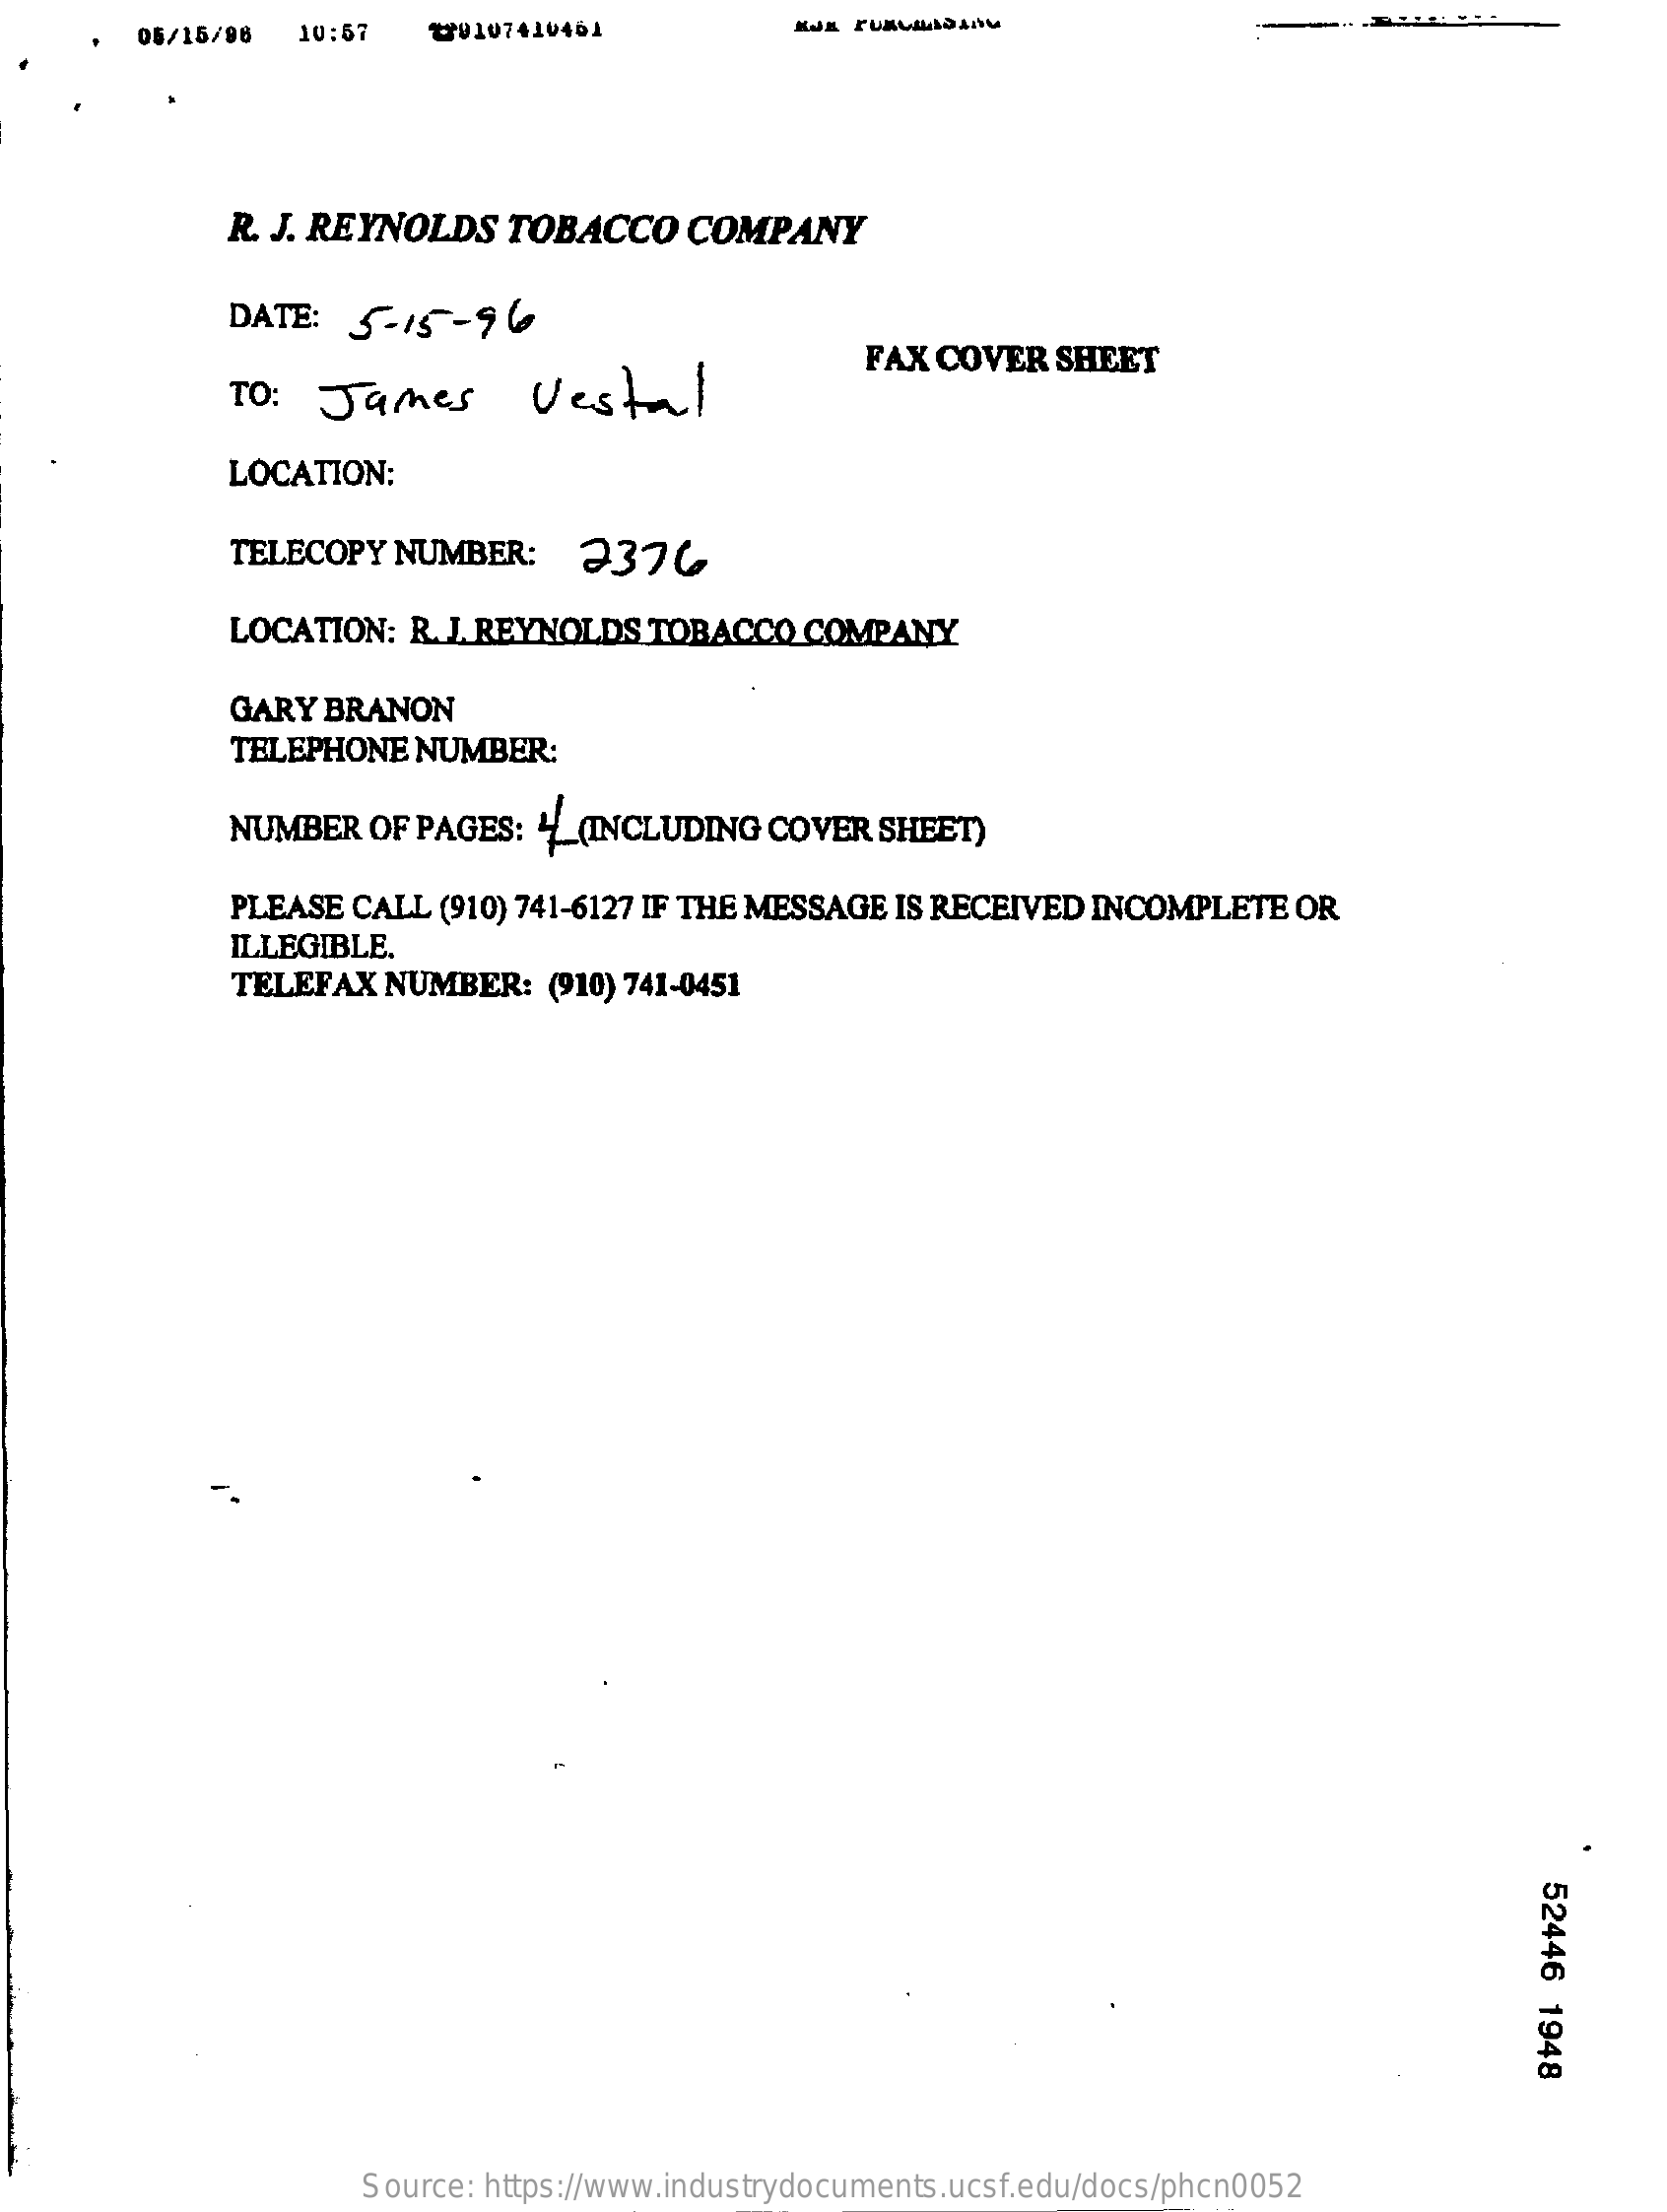
05/15/96  10:57   2/9107410461
     R. J. REYNOLDS   TOBACCO    COMPANY
     DATE:  5-15-   96
     TO: James    Vestal
     FAX COVER  SHEET
     LOCATION:
     TELECOPY  NUMBER:    2376
     LOCATION:  R. J. REYNOLDS TOBACCO   COMPANY
     GARY BRANON
     TELEPHONE  NUMBER:
     NUMBER  OF PAGES:  4 (INCLUDING  COVER  SHEET)
     PLEASE CALL  (910) 741-6127 IF THE MESSAGE IS RECEIVED INCOMPLETE  OR
     ILLEGIBLE.
     TELEFAX  NUMBER:   (910) 741-0451
     52446
     1948
     Source: https://www.industrydocuments.ucsf.edu/docs/phcn0052